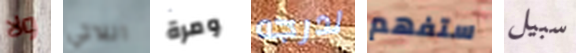
ولا اللاتي ومرة لدرجه ستفهم سبيل